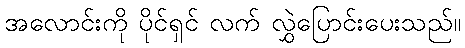
အလောင်းကို ပိုင်ရှင် လက် လွှဲပြောင်းပေးသည်။